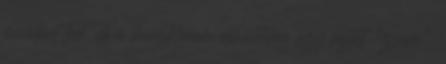
mindent leír, de a karakterem elméletileg egy rejtett "zseni".